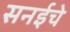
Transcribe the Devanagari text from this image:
सनईचे